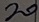
Text: 20